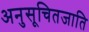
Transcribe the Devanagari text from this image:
अनुसूचितजाति